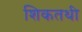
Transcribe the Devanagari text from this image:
शिकतथी